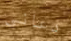
دعاني